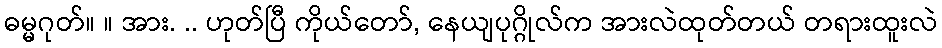
ဓမ္မဂုတ်။ ။ အား. .. ဟုတ်ပြီ ကိုယ်တော်, နေယျပုဂ္ဂိုလ်က အားလဲထုတ်တယ် တရားထူးလဲ